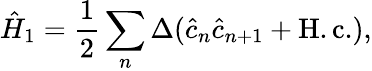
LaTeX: \hat{H}_{1}=\frac{1}{2}\sum_{n}\Delta(\hat{c}_{n}\hat{c}_{n+1}+\mathrm{H.c.}),